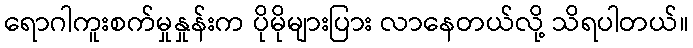
ရောဂါကူးစက်မှုနှုန်းက ပိုမိုများပြား လာနေတယ်လို့ သိရပါတယ်။